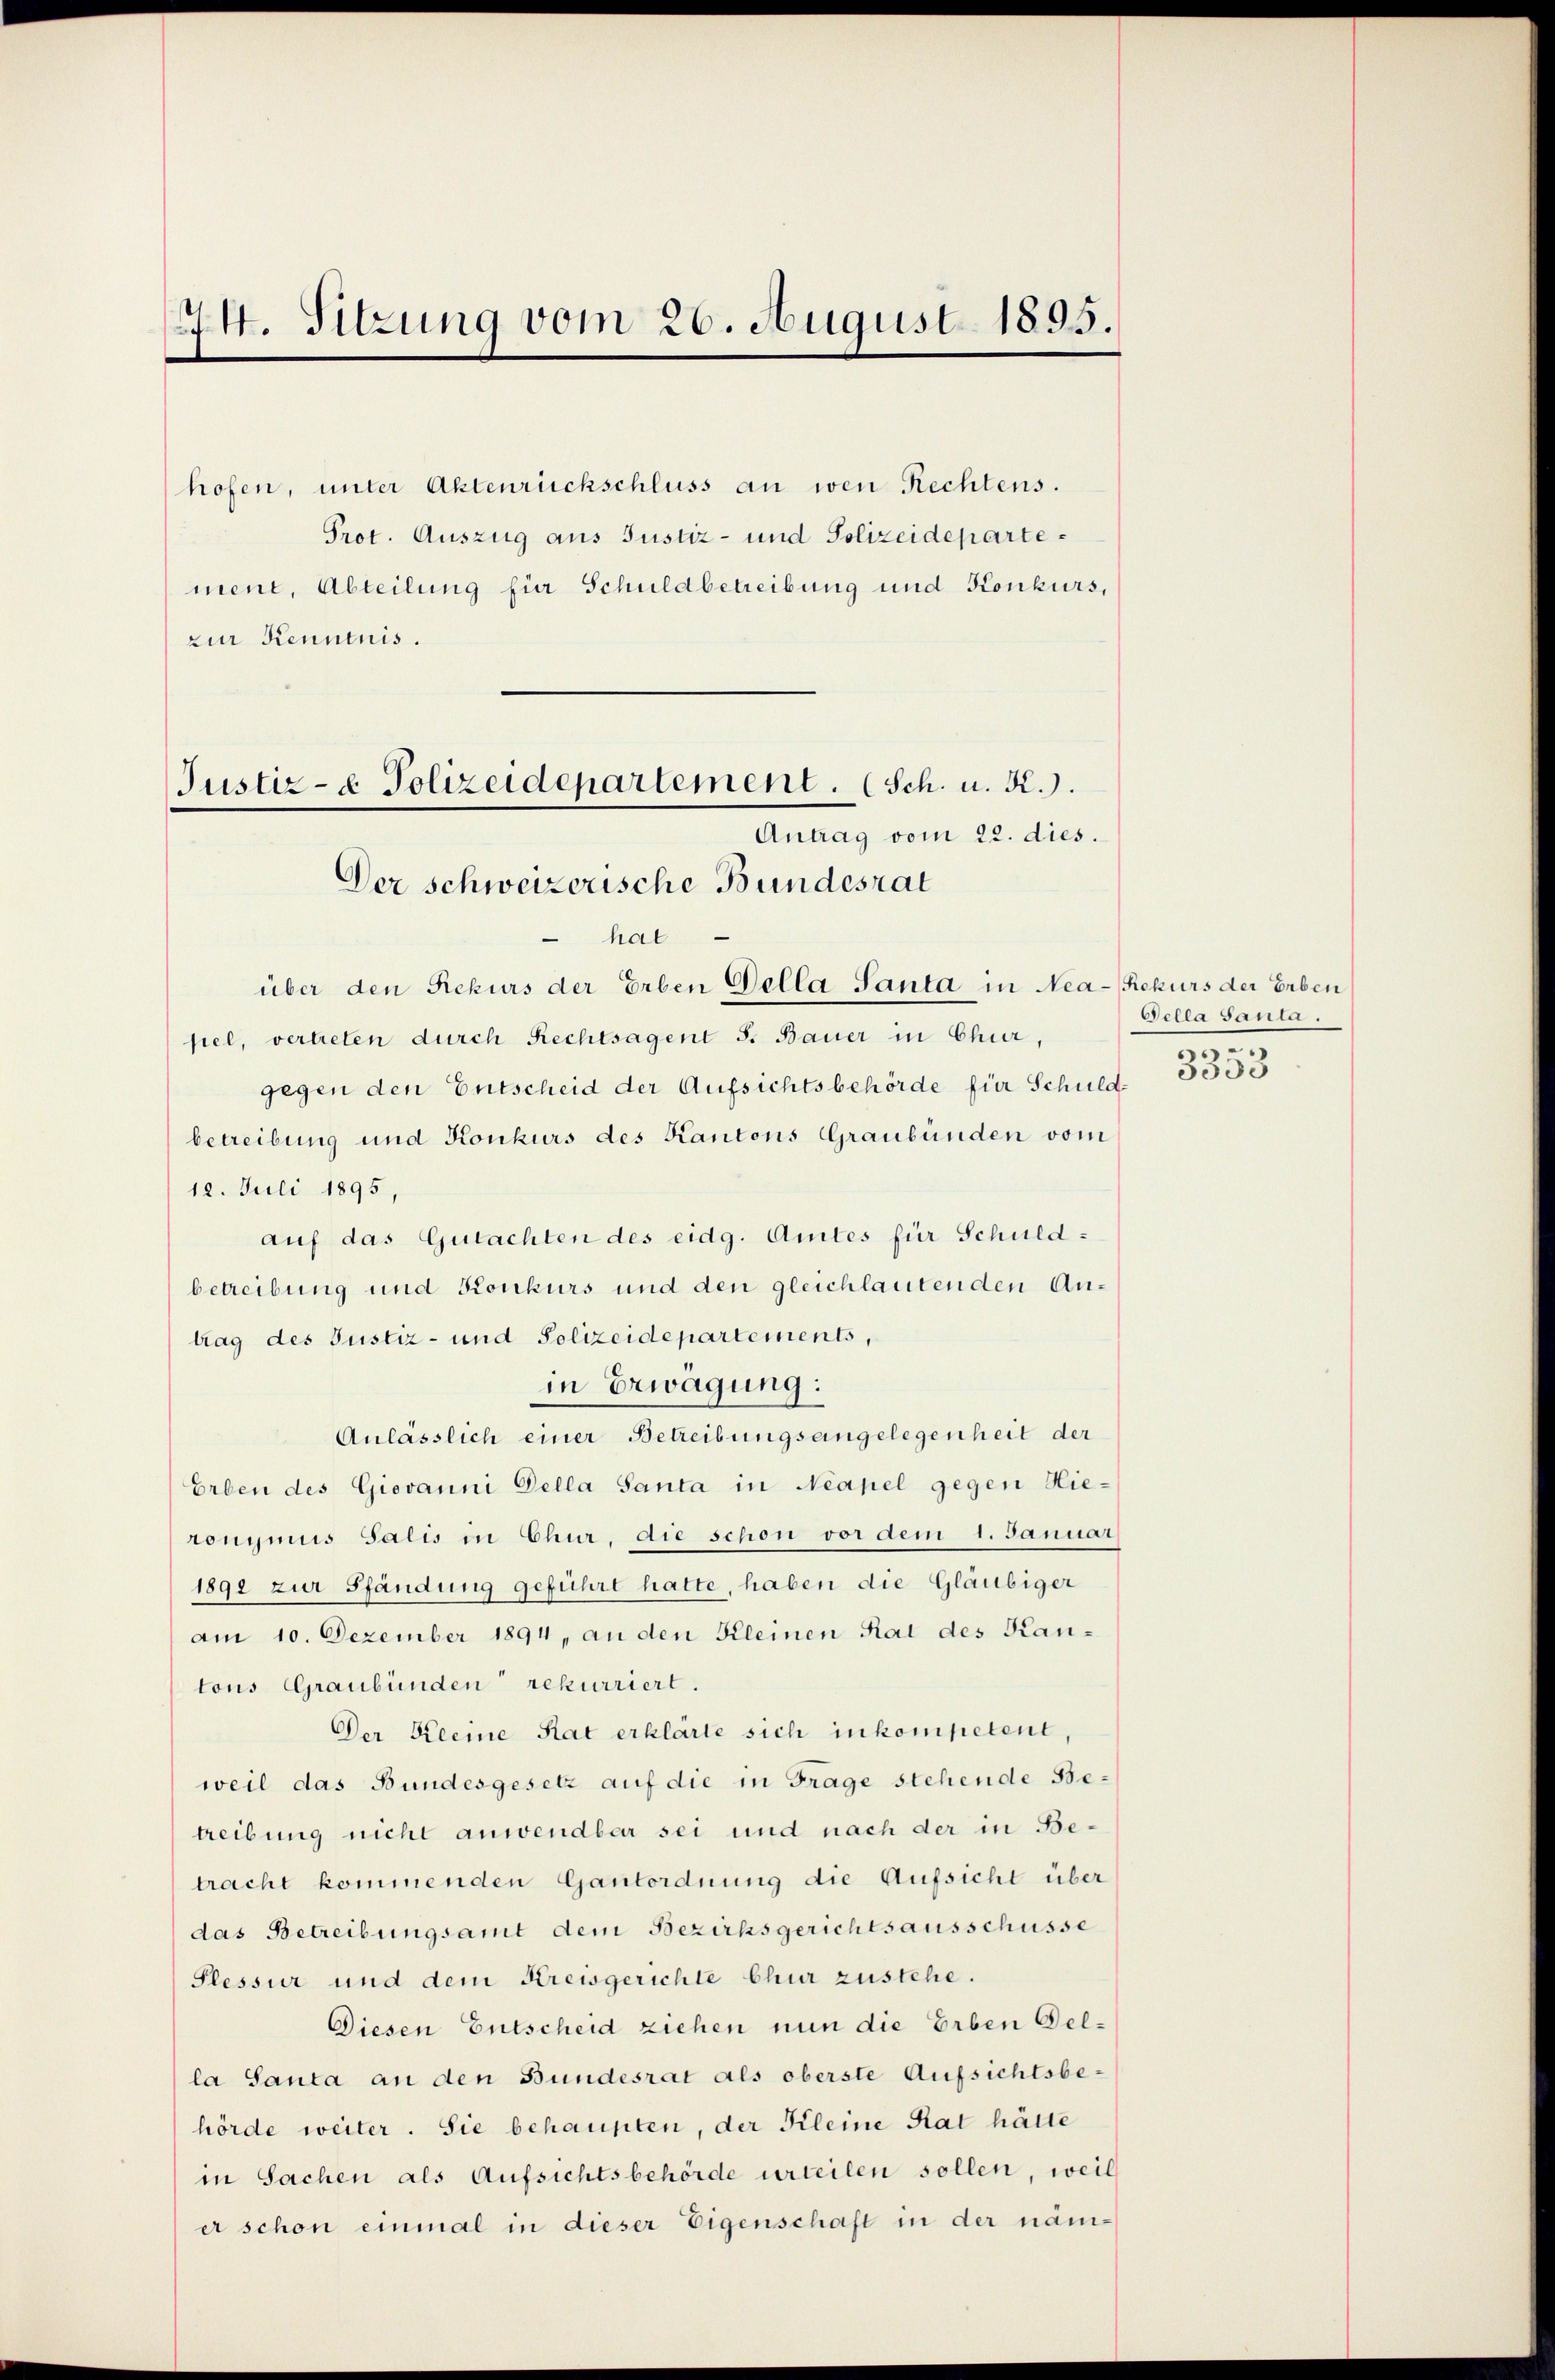
44. Sitzung vom 26. August 1895.

zur Kenntnis.

hofen, unter Aktenrückschluss an wen Rechtens.
Prot. Auszug aus Justiz- und Polizeidepartemene, Abteilung für Schuldbetreibung und Konkurs,
hat
über den Rekurs der Erben Della Santa in Nea-Rekurs der Erben
fiel, vertreten durch Rechtsagent S. Bauer in Chur,
gegen den Entscheid der Aufsichtsbehörde für Schuldbetreibung und Konkurs des Kantons Graubünden vom
12. Juli 1895,
auf das Gutachten des eidg. Amtes für Schuldbetreibung und Konkurs und den gleichlautenden Antrag des Justiz- und Polizeidepartements,
in Erwägung:
Anlässlich einer Betreibungsangelegenheit der
Erben des Giovanni Della Santa in Neapel gegen Hie-
ronymnis Salis in Chur, die schon vor dem 1. Januar
1891 zur Pfändung geführt hatte, haben die Gläubiger
am 10. Dezember 1894, an den Kleinen Rat des Kantons Graubünden rekurriert.
Der Reine Rat erklärte sich inkompetent,
weil das Bundesgesetz auf die in Frage stehende Betreibung nicht anwendbar sei und nach der in Betracht kommenden Gantordnung die Aufsicht über
das Betreibungsamt dem Bezirksgerichtsausschüsse
Plessur und dem Kreisgerichte Chur zustehe.
Diesen Entscheid ziehen nun die Erben Gella Santa an den Bundesrat als oberste Aufsichtsbehörde weiter. Sie behaupten, der Kleine Rat hätte
in Sachen als Aufsichtsbehörde urteilen sollen, weil
er schon einmal in dieser Eigenschaft in der näm¬

Antrag vom 22. dies.
Der schweizerische Bundesrat

Justiz- & Polizeidepartement. (Sch. u. R.

Oella Saute.
30
5533